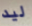
ليد